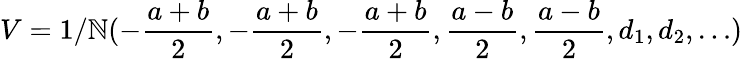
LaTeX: V=1/\mathbb{N}(-\frac{{a+b}}{2},-\frac{{a+b}}{2},-\frac{{a+b}}{2},\frac{{a-b}}{2},\frac{{a-b}}{2},d_{1},d_{2},\dots)